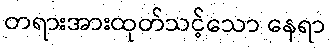
တရားအားထုတ်သင့်သော နေရာ